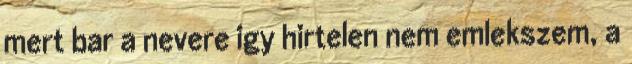
mert bar a nevere igy hirtelen nem emlekszem, a